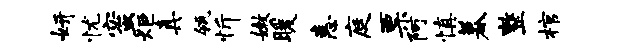
妍忧蜜炬真瓴忻嫩暖恚庭票阿慎暮整棺